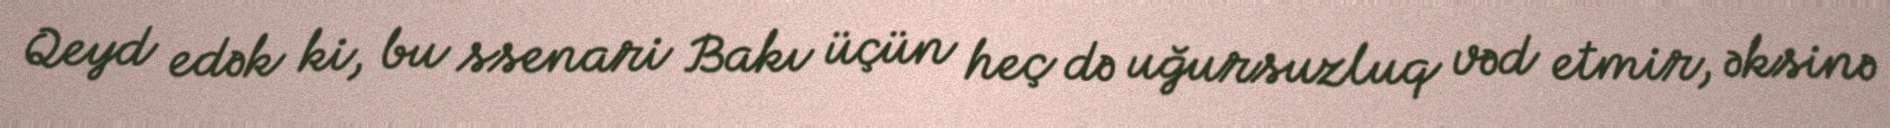
Qeyd edək ki, bu ssenari Bakı üçün heç də uğursuzluq vəd etmir, əksinə